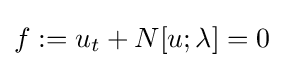
f:=u_{t}+N[u;\lambda ]=0